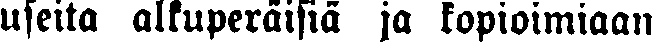
useita alkuperäisiä ja kopioimiaan